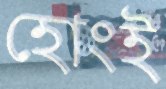
হোংই